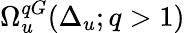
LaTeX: \Omega_{u}^{qG}(\Delta_{u};q>1)